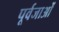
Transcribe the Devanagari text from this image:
पूर्वजाओं